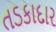
તડકાદાર